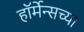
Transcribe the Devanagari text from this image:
हॉर्मेन्सच्या